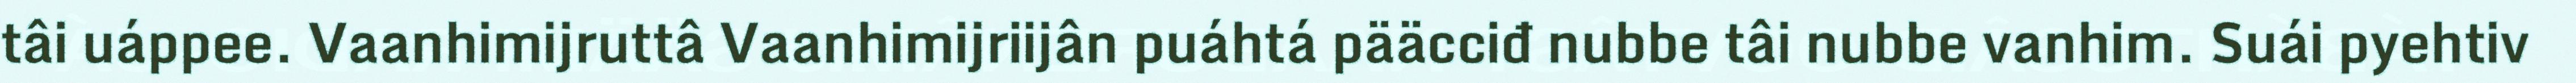
tâi uáppee. Vaanhimijruttâ Vaanhimijriijân puáhtá pääcciđ nubbe tâi nubbe vanhim. Suái pyehtiv